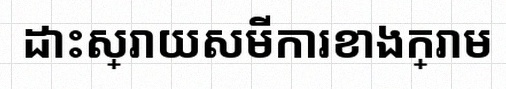
ដោះស្រាយសមីការខាងក្រោម